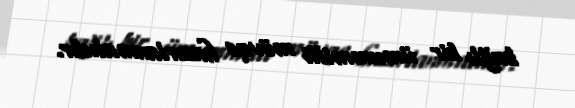
bağlı bir ümummilli mövqe hazırlanmalıdır.